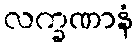
လက္ခဏာနံ